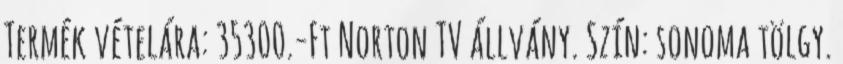
Termék vételára: 35300.-Ft Norton TV állvány. Szín: sonoma tölgy.